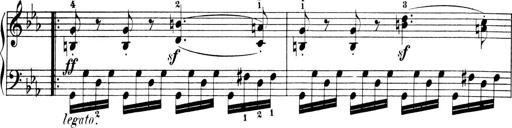
Title: 6 Piano Sonatinas
Composer: Cornelius Gurlitt